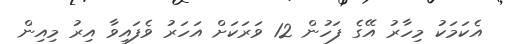
އެކަމަކު މިހާރު އޭގެ ފަހުން 12 ވަރަކަށް އަހަރު ވެފައިވާ އިރު މިއިން